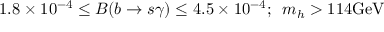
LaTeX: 1 . 8 \times 1 0 ^ { - 4 } \leq B ( b \rightarrow s \gamma ) \leq 4 . 5 \times 1 0 ^ { - 4 } ; \, \, \, m _ { h } > 1 1 4 \mathrm { G e V }